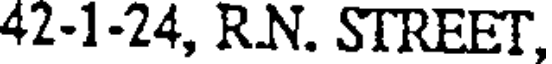
42-1-24, RN. STREET,